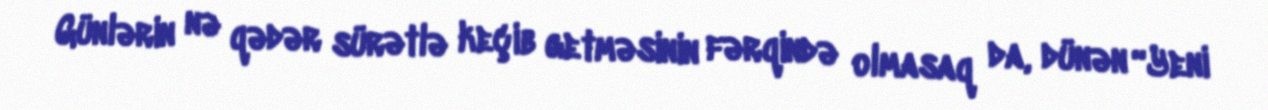
Günlərin nə qədər sürətlə keçib getməsinin fərqində olmasaq da, dünən “Yeni